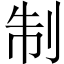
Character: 制